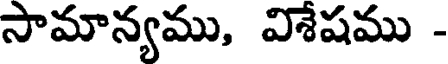
సామాన్యము, విశేషము -